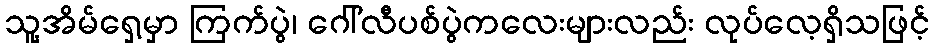
သူ့အိမ်ရှေ့မှာ ကြက်ပွဲ၊ ဂေါ်လီပစ်ပွဲကလေးများလည်း လုပ်လေ့ရှိသဖြင့်